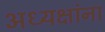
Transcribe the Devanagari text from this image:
अध्यक्षांना